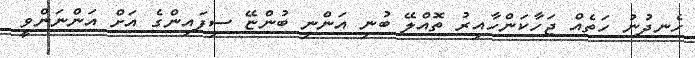
ހެނދުނު ހަތެއް ޖަހާކަންހާއިރު ތޮއްލޭ ބުނި އަންނި ބުންޏޭ ސިފައިންގެ އަށް އަންނަންވީ